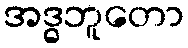
အဒ္ဓဘူတော